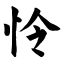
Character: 怜